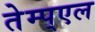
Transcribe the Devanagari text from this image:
तेम्प्एल